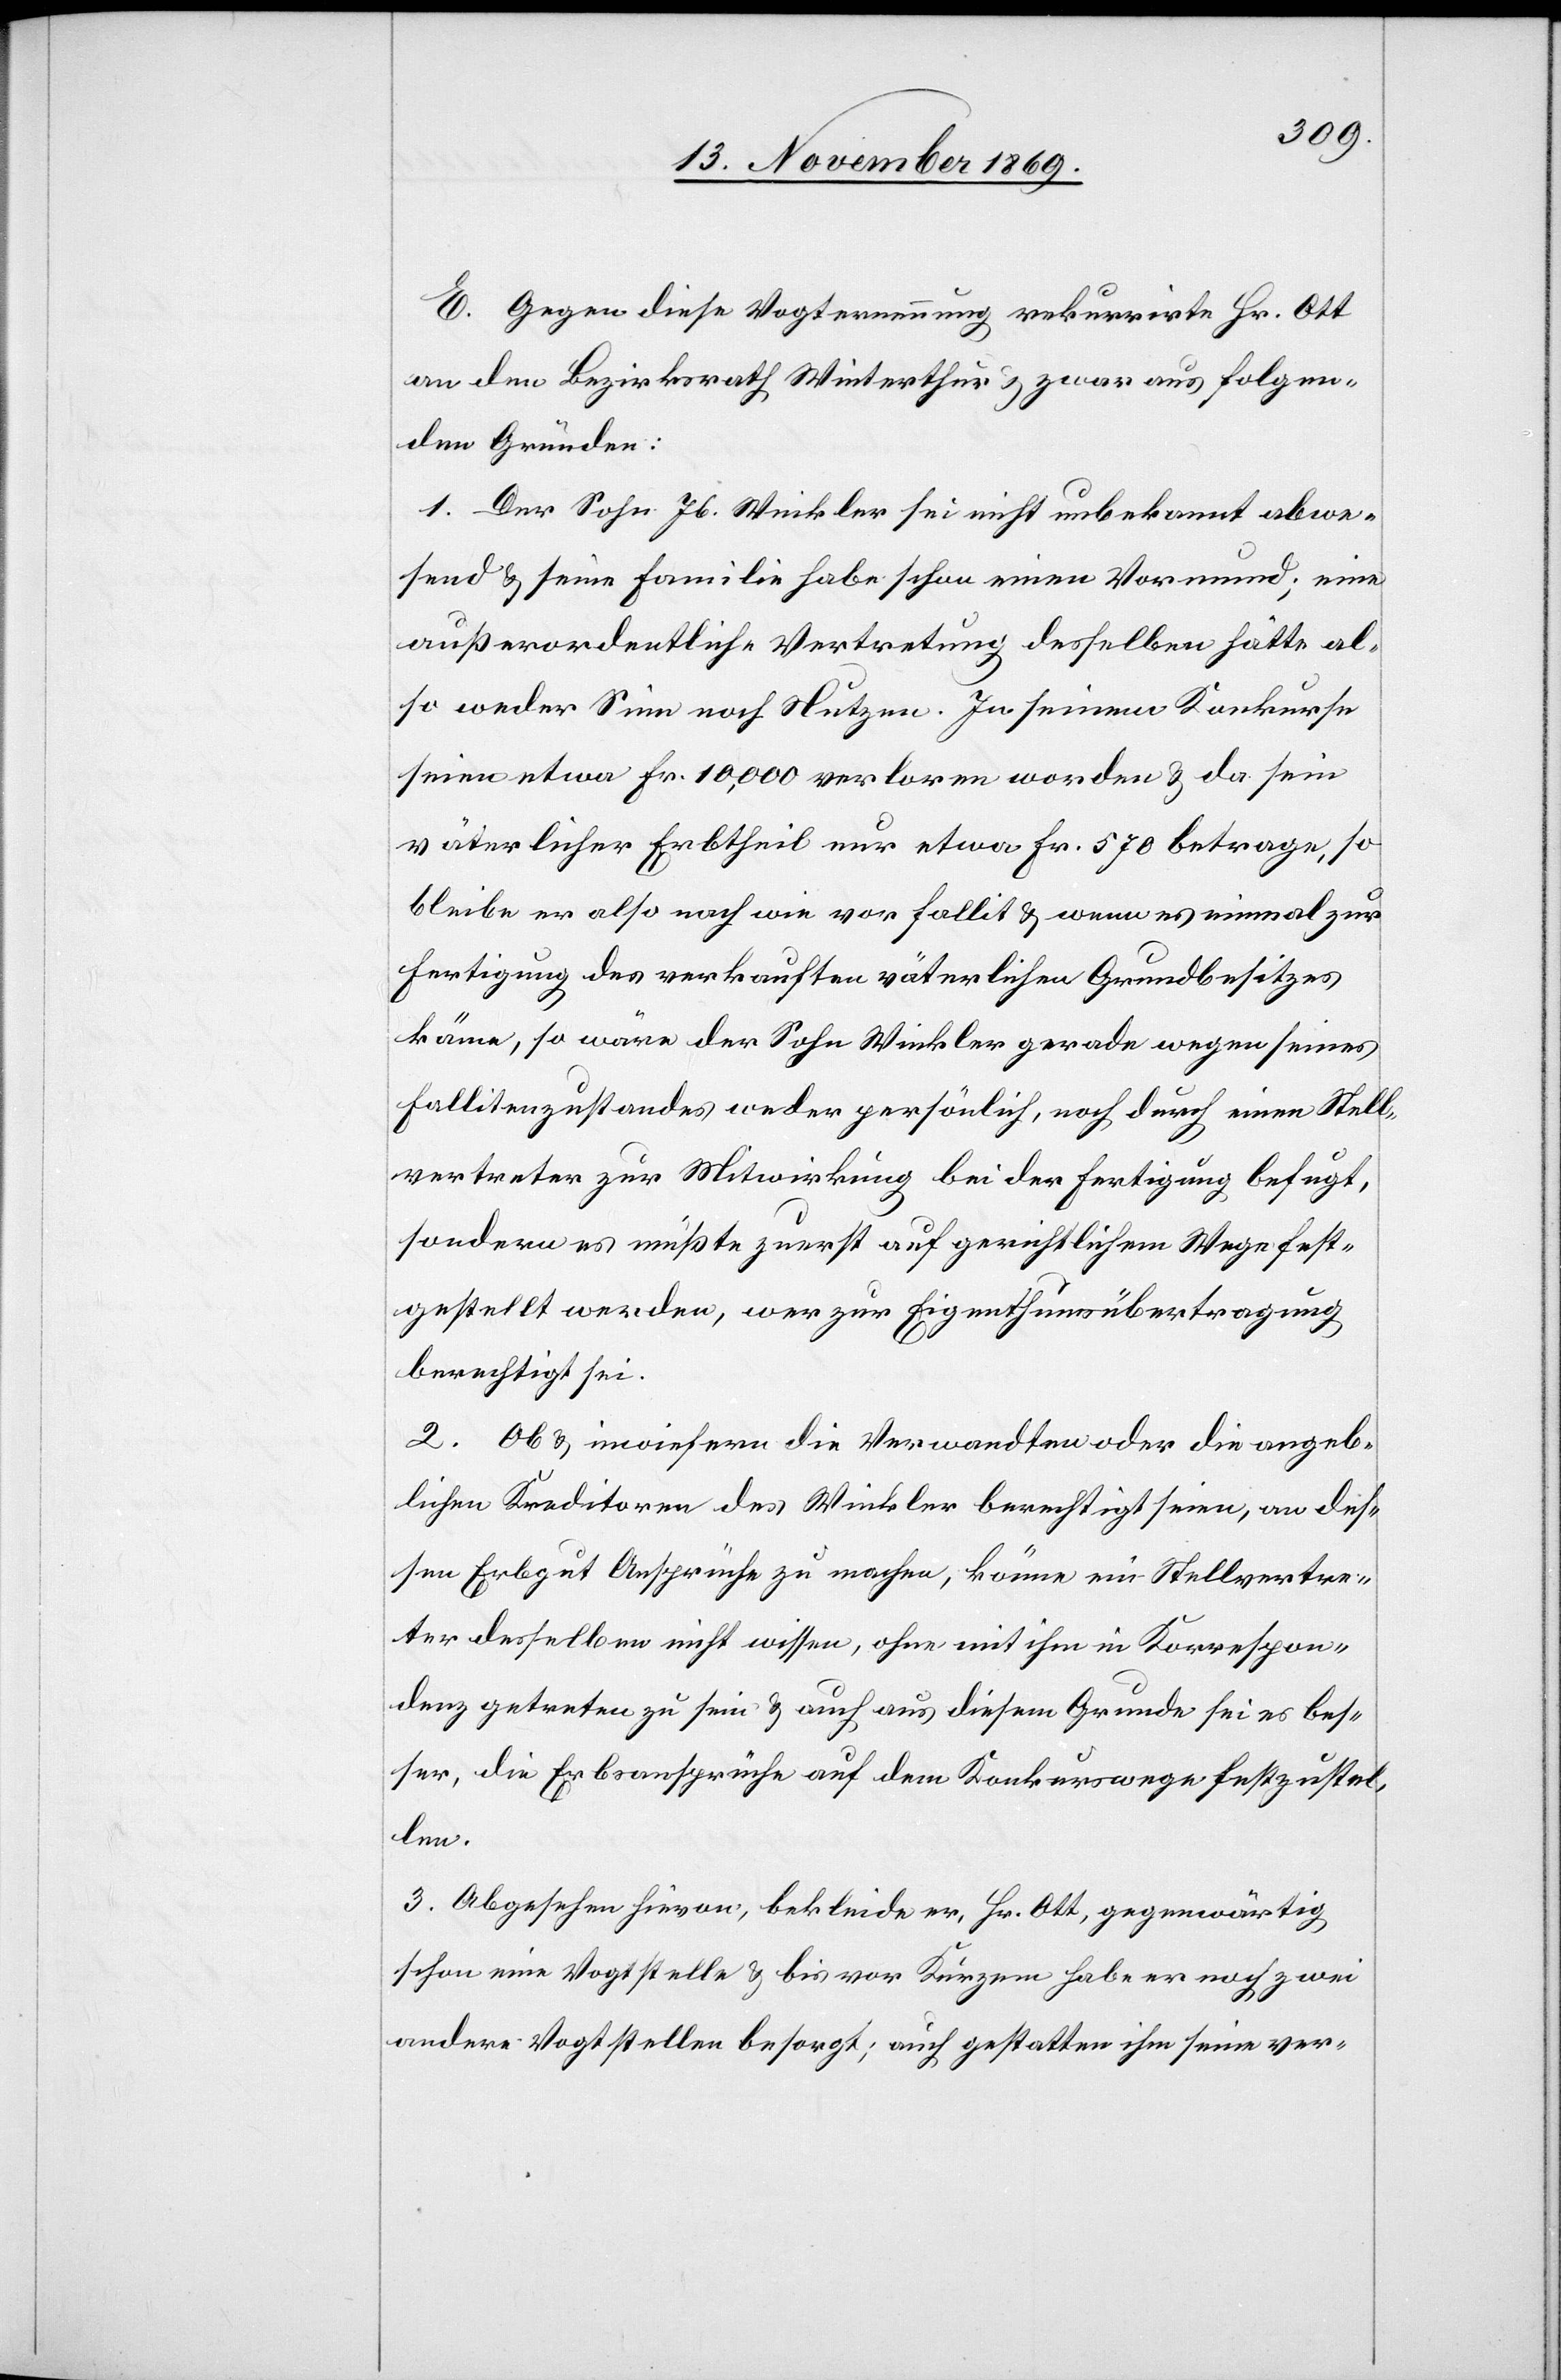
E. Gegen diese Vogternennung rekurrirte Hr. Ott
an den Bezirksrath Winterthur & zwar aus folgen¬
den Gründen:
1. Der Sohn Jb. Winkler sei nicht unbekannt abwe¬
send & seine Familie habe schon einen Vormund; eine
außerordentliche Vertretung desselben hätte al¬
so weder Sinn noch Nutzen. In seinem Konkurse
seien etwa Fr. 10,000 verloren worden & da sein
väterlicher Erbtheil nur etwa Fr. 570 betrage, so
bleibe er also nach wie vor fallit & wenn es einmal zur
Fertigung des verkauften väterlichen Grundbesitzes
käme, so wäre der Sohn Winkler gerade wegen seines
Fallitenzustandes weder persönlich, noch durch einen Stell¬
vertreter zur Mitwirkung bei der Fertigung befugt,
sondern es müßte zuerst auf gerichtlichem Wege fest¬
gestellt werden, wer zur Eigenthumsübertragung
berechtigt sei.
2. Ob & inwiefern die Verwandten oder die angeb¬
lichen Kreditoren des Winkler berechtigt seien, an des¬
sen Erbgut Ansprüche zu machen, könne ein Stellvertre¬
ter desselben nicht wissen, ohne mit ihm in Korrespon¬
denz getreten zu sein & auch aus diesem Grunde sei es bes¬
ser, die Erbsansprüche auf dem Konkurswege festzustel¬
len,
3. Abgesehen hievon, bekleide er, Hr. Ott, gegenwärtig
schon eine Vogtstelle & bis vor Kurzem habe er noch zwei
andere Vogtstellen besorgt; auch gestatten ihm seine ver-